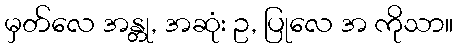
မှတ်လေ အန္တု, အဆုံး ဥ, ပြုလေ အ ကိုသာ။